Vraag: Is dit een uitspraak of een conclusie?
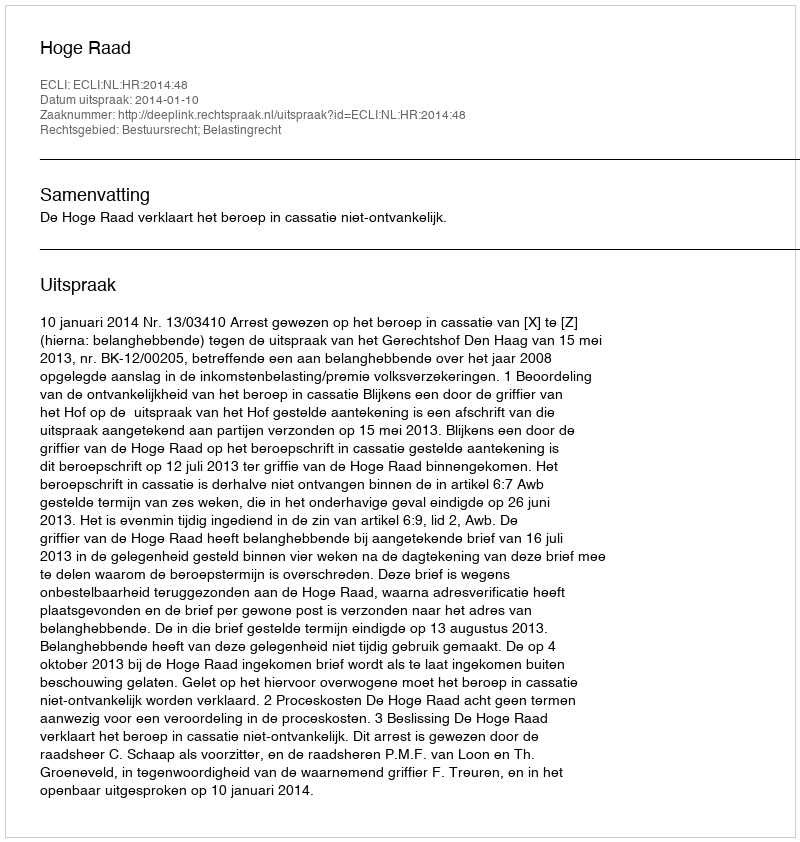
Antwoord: Uitspraak